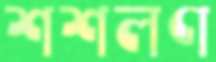
শশলণ